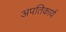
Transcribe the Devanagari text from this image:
अपतिकार्य